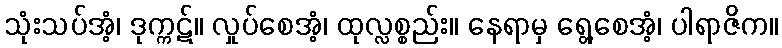
သုံးသပ်အံ့၊ ဒုက္ကဋ်။ လှုပ်စေအံ့၊ ထုလ္လစ္စည်း။ နေရာမှ ရွေ့စေအံ့၊ ပါရာဇိက။